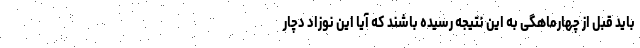
باید قبل از چهارماهگی به این نتیجه رسیده باشند که آیا این نوزاد دچار